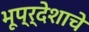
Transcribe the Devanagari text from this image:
भूप्र्देशाचे